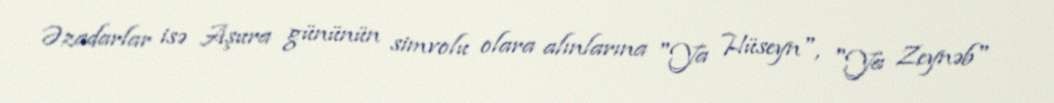
Əzadarlar isə Aşura gününün simvolu olara alınlarına "Ya Hüseyn", "Ya Zeynəb"